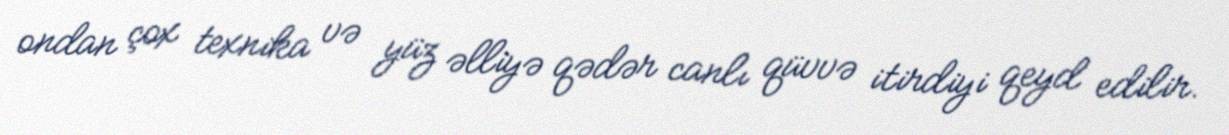
ondan çox texnika və yüz əlliyə qədər canlı qüvvə itirdiyi qeyd edilir.